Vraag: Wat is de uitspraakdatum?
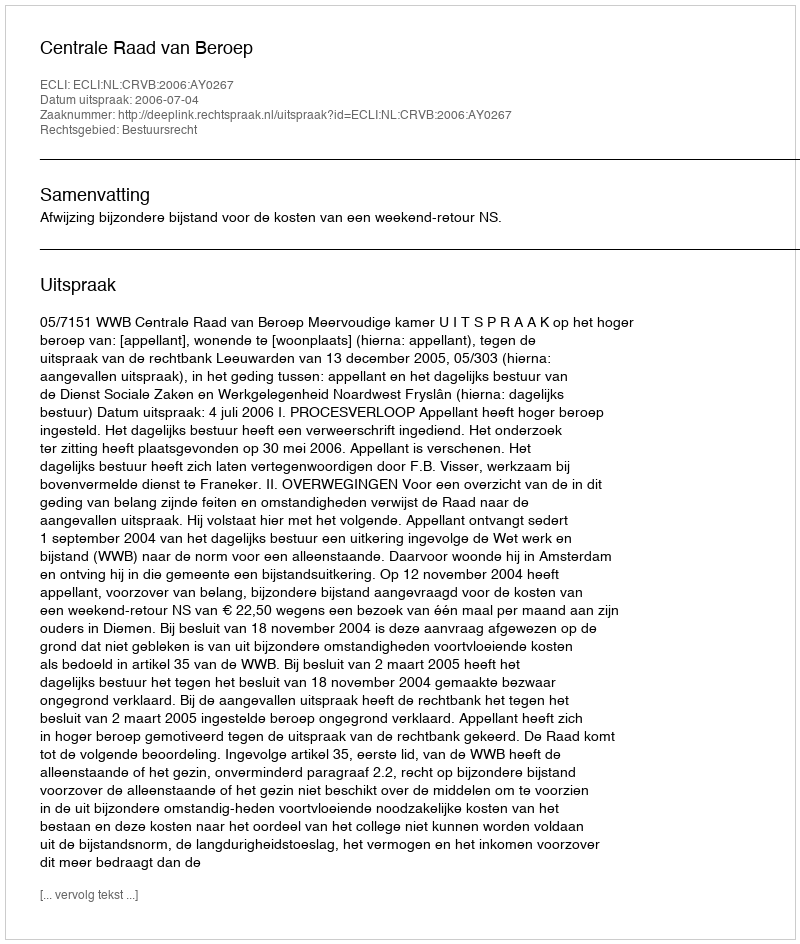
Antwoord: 2006-07-04